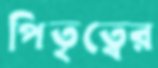
পিতৃত্বের